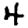
Digit: 4